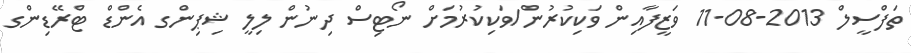
ތަފްސީލް 2013-08-11 ވަޒީފާއިން ވަކިކުރުން/ވަކިކުރުމަށް ނޯޓިސް ދިނުން ލިލީ ޝިޕިންގ އެންޑް ޓްރޭޑިންގ